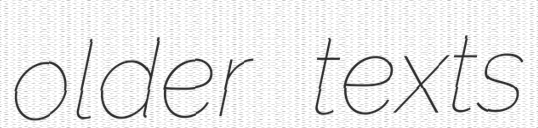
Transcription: older texts